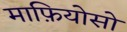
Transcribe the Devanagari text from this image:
माफ़ियोसो